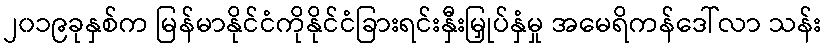
၂၀၁၉ခုနှစ်က မြန်မာနိုင်ငံကိုနိုင်ငံခြားရင်းနှီးမြှုပ်နှံမှု အမေရိကန်ဒေါ်လာ သန်း